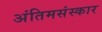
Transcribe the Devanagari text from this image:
अंतिमसंस्कार